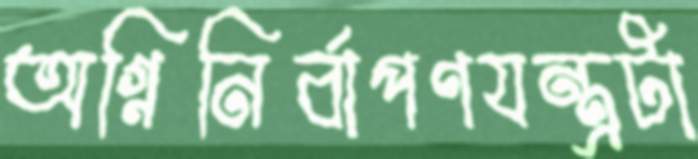
অগ্নিনির্বাপণযন্ত্রটা